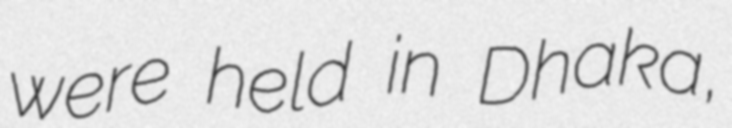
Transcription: were held in Dhaka,